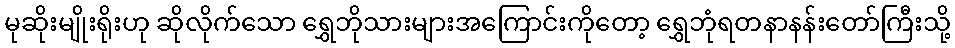
မုဆိုးမျိုးရိုးဟု ဆိုလိုက်သော ရွှေဘိုသားများအကြောင်းကိုတော့ ရွှေဘုံရတနာနန်းတော်ကြီးသို့